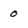
Character: 0